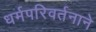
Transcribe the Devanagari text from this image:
धर्मपरिवर्तनाने